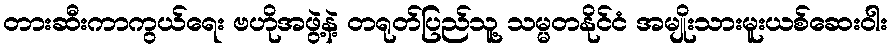
တားဆီးကာကွယ်ရေး ဗဟိုအဖွဲ့နဲ့ တရုတ်ပြည်သူ့ သမ္မတနိုင်ငံ အမျိုးသားမူးယစ်ဆေးဝါး